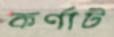
কর্ণাট